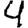
Digit: 4